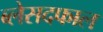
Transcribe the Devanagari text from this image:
ब्लेसदफाल